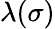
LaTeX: \lambda(\sigma)